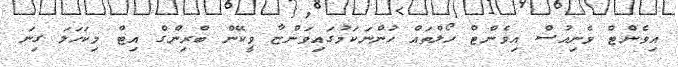
އިވެންޓް ވެނިއުސް އިވެންޓް ހޯލްތައް ހުންނަކަމުގައިވަންޏާ ވީކޭން ބްރިންގް އިޓް މިކަހަލަ ގިނަ